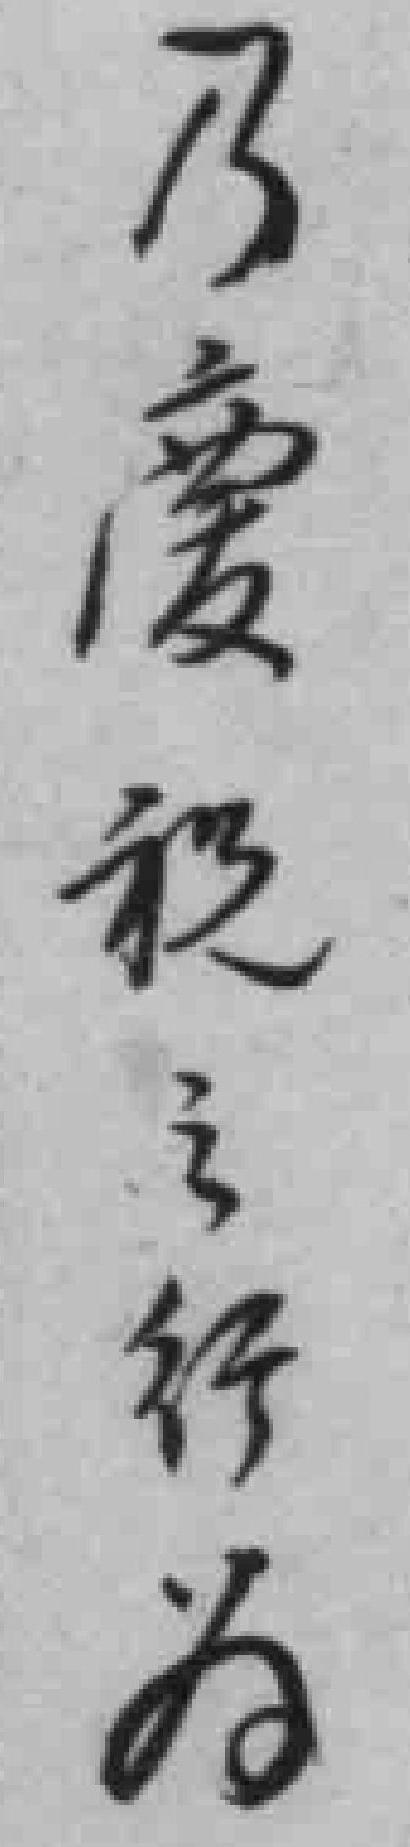
乃慶祝之行為